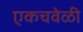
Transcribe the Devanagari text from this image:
एकचवेळी